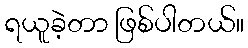
ရယူခဲ့တာ ဖြစ်ပါတယ်။